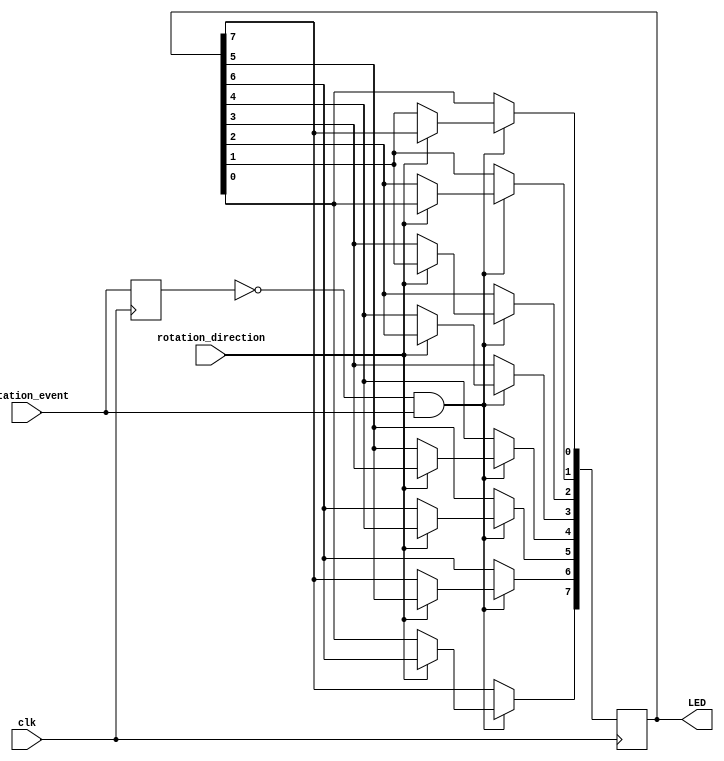
`timescale 1ns / 1ps
//////////////////////////////////////////////////////////////////////////////////
// Company: 
// Engineer: 
// 
// Design Name: 
// Module Name:    rs_encoder 
// Project Name: 
// Target Devices: 
// Tool versions: 
// Description: 
//
// Dependencies: 
//
// Revision: 
// Revision 0.01 - File Created
// Additional Comments: 
//
//////////////////////////////////////////////////////////////////////////////////
module rs_encoder(clk, rotation_event, rotation_direction, LED);
	input clk;
	input rotation_event;
	input rotation_direction;
	
	output [7:0]LED;
	
	reg [7:0]LED;
	reg prev_rotation_event;
	
	initial begin
		LED = 8'b1;
		prev_rotation_event = 1'b1;
	end
	
	always @(posedge clk) begin
		prev_rotation_event <= rotation_event;
		if ((~prev_rotation_event)&(rotation_event)) begin
			if (~rotation_direction) begin
				LED[0] <= LED[1];
				LED[1] <= LED[2];
				LED[2] <= LED[3];
				LED[3] <= LED[4];
				LED[4] <= LED[5];
				LED[5] <= LED[6];
				LED[6] <= LED[7];
				LED[7] <= LED[0];
			end
			else  begin
				LED[0] <= LED[7];
				LED[1] <= LED[0];
				LED[2] <= LED[1];
				LED[3] <= LED[2];
				LED[4] <= LED[3];
				LED[5] <= LED[4];
				LED[6] <= LED[5];
				LED[7] <= LED[6];
			end
		end
	end
endmodule